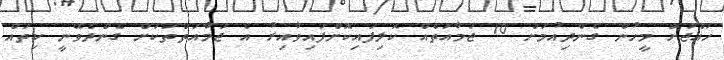
ހައްޖަށް މީހުން ގެންދިއުމަށް 10 ޖަމާއަތެއް ކޮލިފައިކޮށްފައިވާއިރު އެ ޖަމާއަތްތަކަށް ގެންދެވޭނީ ކިތައް